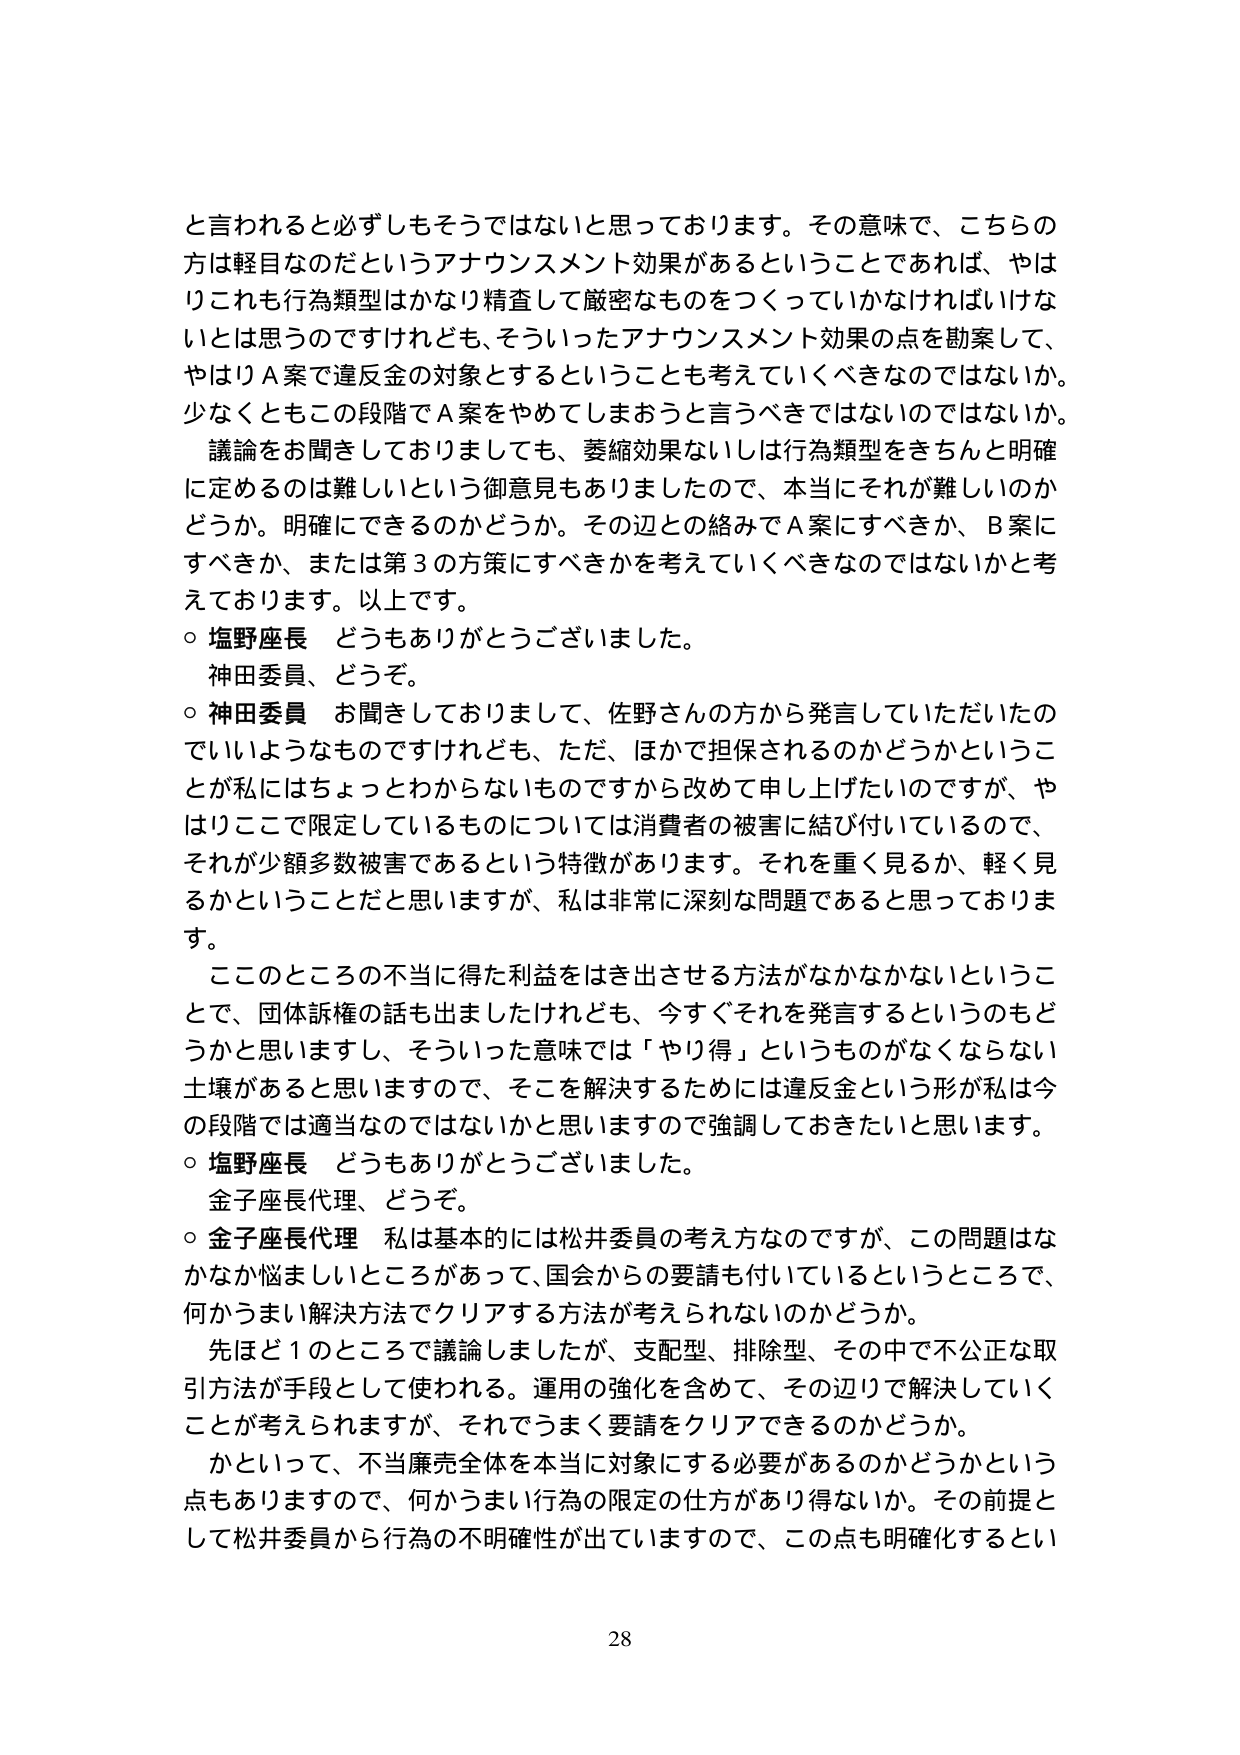
と言われると必ずしもそうではないと思っております。その意味で、こちらの方は軽目なのだというアナウンスメント効果があるということであれば、やはりこれも行為類型はかなり精査して厳密なものをつくっていかなければならないとは思うのですけれども、そういったアナウンスメント効果の点を勘案して、やはりＡ案で違反金の対象とするということも考えていくべきなのではないか。少なくともこの段階でＡ案をやめてしまおうと言うべきではないのではないか。

議論をお聞きしておりまして、萎縮効果ないしは行為類型をきちんと明確に定めるのは難しいという御意見もありましたので、本当にそれが難しいのかどうか。明確にできるのかどうか。その辺との絡みでＡ案にすべきか、Ｂ案にすべきか、または第３の方策にすべきかを考えていくべきなのではないかと考えております。以上です。

○ 塩野座長 どうもありがとうございました。
神田委員、どうぞ。

○ 神田委員 お聞きしておりまして、佐野さんの方から発言していただいたのでいいようなものですがけれども、ただ、ほかで担保されるのかどうかということが私にはちょっとわからないものですから改めて申し上げたいのですが、やはりここで限定しているものについては消費者の被害に結び付いているので、それが少額多数被害であるという特徴があります。それを重く見るか、軽く見るかということだと思いますが、私は非常に深刻な問題であると思っております。

ここのところの不当に得た利益をはき出させる方法がなかなかないということで、団体訴権の話も出ましたけれども、今すぐそれを発言するというのもどうかと思いますし、そういった意味では「やり得」というものがなくならない土壌があると思いますので、そこを解決するためには違反金という形が私は今の段階では適当なのではないかと思いますので強調しておきたいと思います。

○ 塩野座長 どうもありがとうございました。
金子座長代理、どうぞ。

○ 金子座長代理 私は基本的には松井委員の考え方なのですが、この問題はなかなか悩ましいところがあって、国会からの要請も付いているというところで、何かうまい解決方法でクリアする方法が考えられないのかどうか。

先ほど１のところで議論しましたが、支配型、排除型、その中で不公正な取引方法が手段として使われる。運用の強化を含めて、その辺りで解決していくことが考えられますが、それですべて要請をクリアできるのかどうか。

かといって、不当廉売全体を本当に対象にする必要があるのかどうかという点もありますので、何かうまい行為の限定の仕方があり得ないか。その前提として松井委員から行為の不明確性が出ていますので、この点も明確化するとい

28